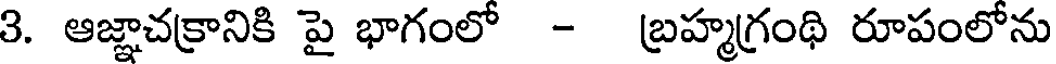
3. ఆజ్ఞాచక్రానికి పై భాగంలో - బ్రహ్మగ్రంథి రూపంలోను